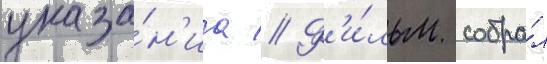
указа́н'иа // Ф'и́льм собра́л